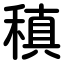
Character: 稹